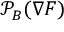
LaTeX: { \mathcal { P } } _ { B } ( \nabla F )